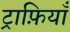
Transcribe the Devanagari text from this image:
ट्राफ़ियाँ